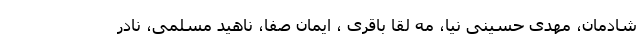
شادمان، مهدی حسینی نیا، مه لقا باقری ، ایمان صفا، ناهید مسلمی، نادر